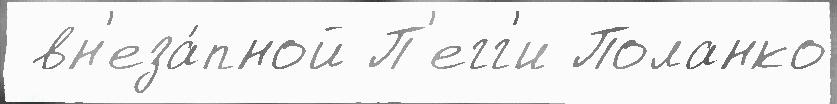
 вн'еза́пной П'егг'и Поланко